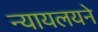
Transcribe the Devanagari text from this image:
न्यायलयने